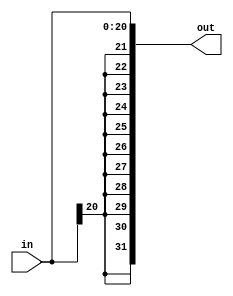
`timescale 1ns / 1ps
//////////////////////////////////////////////////////////////////////////////////
// Company: 
// Engineer: 
// 
// Design Name: 
// Module Name:    SignExtend 
// Project Name: 
// Target Devices: 
// Tool versions: 
// Description: 
//
// Dependencies: 
//
// Revision: 
// Revision 0.01 - File Created
// Additional Comments: 
//
//////////////////////////////////////////////////////////////////////////////////
module SignExtend(
    input [20:0] in,
    output [31:0] out
    );
assign out = {{11{in[20]}}, in[20:0]};
endmodule